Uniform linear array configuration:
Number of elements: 12
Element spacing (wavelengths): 0.25
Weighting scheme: cosine
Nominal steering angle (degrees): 30
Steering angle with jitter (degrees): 29.847
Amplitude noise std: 0.05
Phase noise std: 0.05

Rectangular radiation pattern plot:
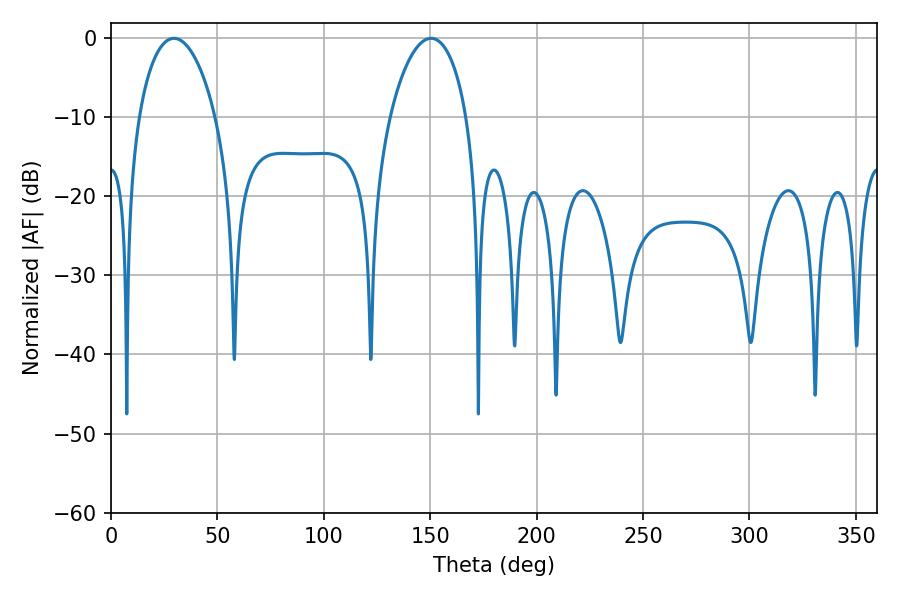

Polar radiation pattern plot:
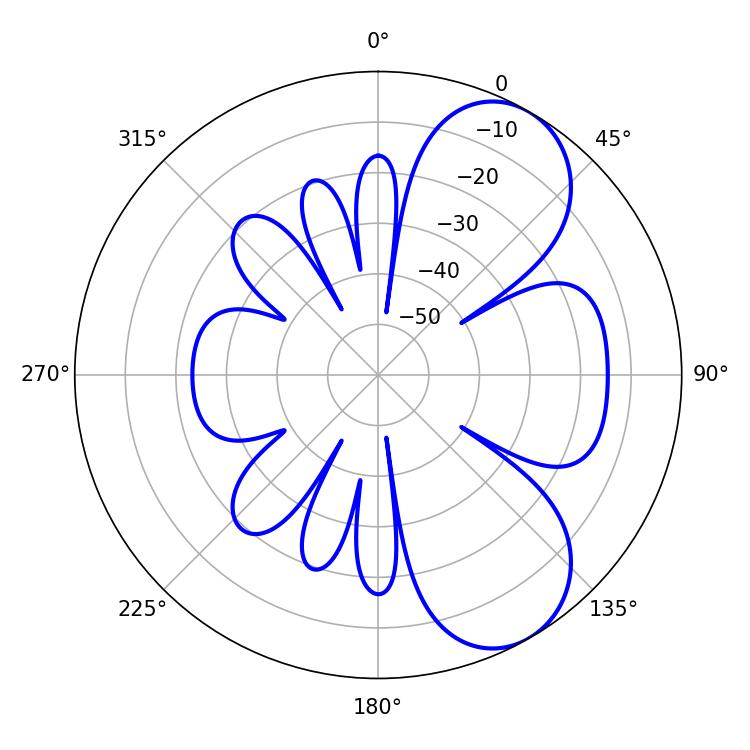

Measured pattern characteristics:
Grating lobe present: FALSE
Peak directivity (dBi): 7.054
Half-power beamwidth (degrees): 20.52
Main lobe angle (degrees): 29.52